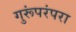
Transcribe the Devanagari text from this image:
गुरूंपरंपरा